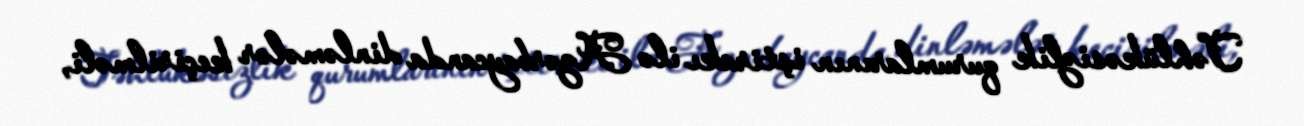
Təhlükəsizlik qurumlarının iştirakı ilə Azərbaycanda dinləmələr keçirilməli,